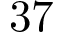
\mathrm { 3 7 }